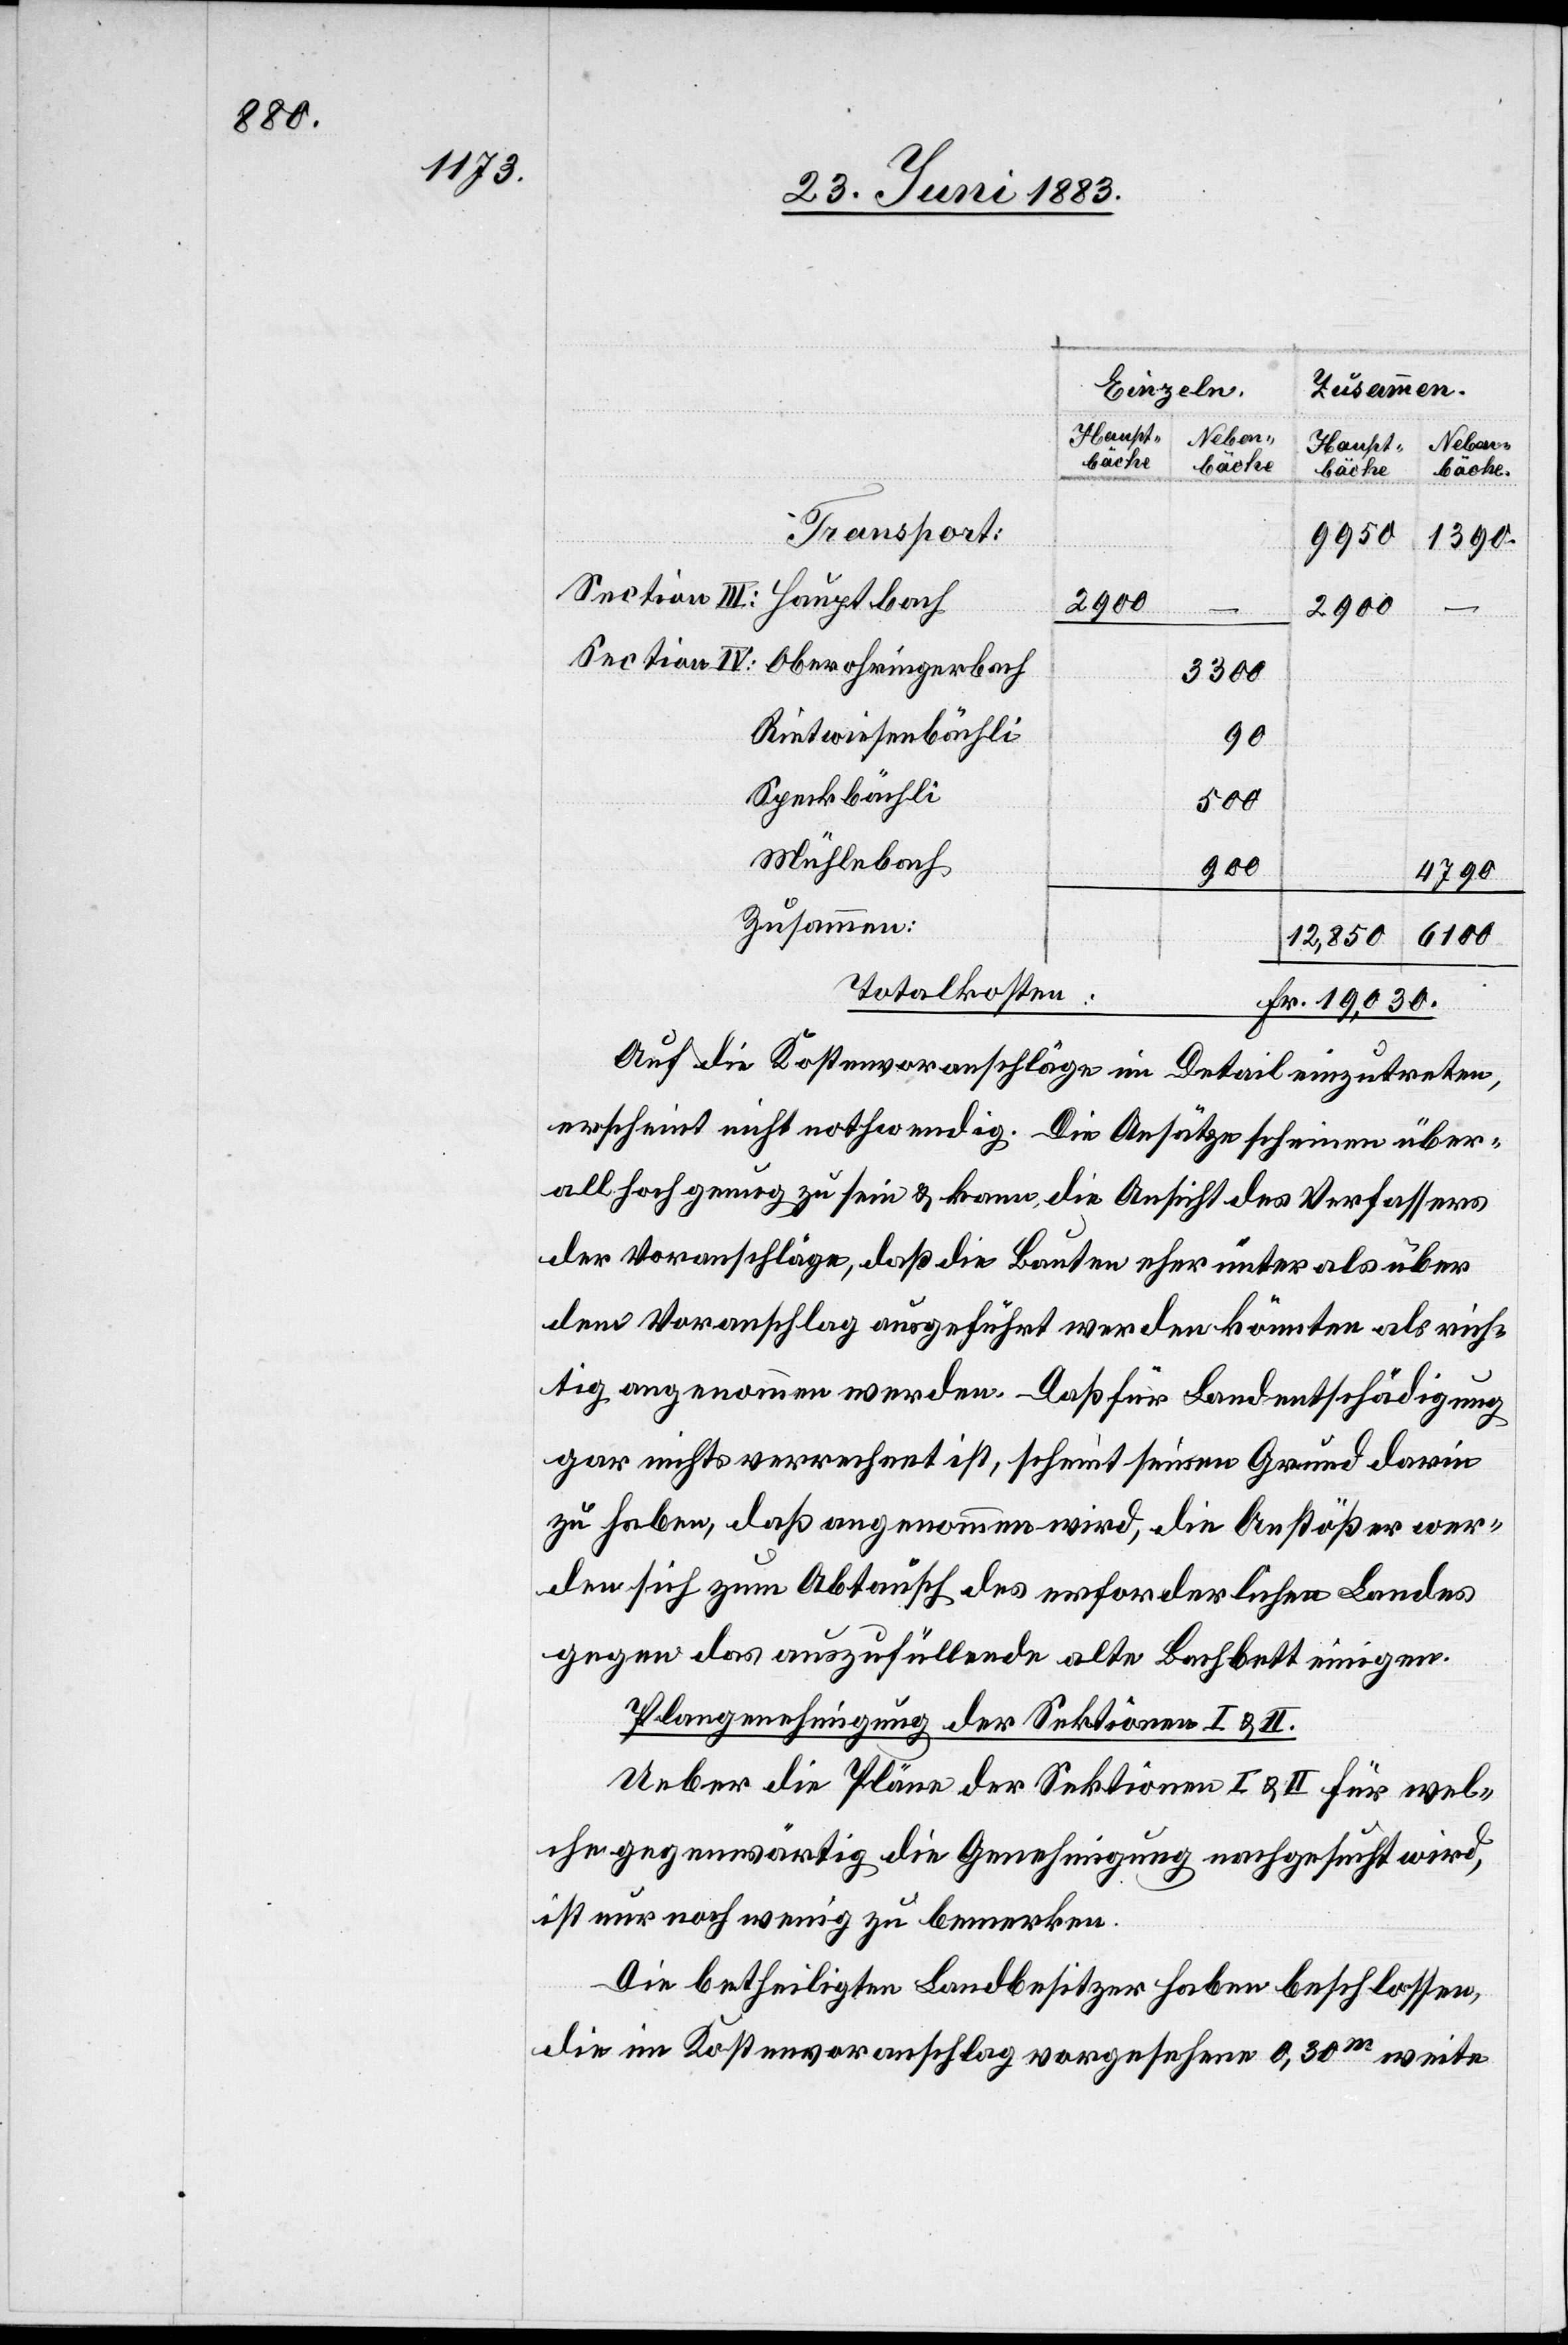
Oberohring¬
erbach
2900
–
3300
Rietwiesenbächli
90
Speckbächli
500
Mühlebach
900
4790
Zusammen:
6100
12,850
Totalkosten:
Fr. 19,030.
Auf die Kostenvoranschläge im Detail einzutreten,
erscheint nicht nothwendig. Die Ansätze scheinen über¬
all hoch genug zu sein & kann die Ansicht des Verfassers
der Voranschläge, daß die Bauten eher unter als über
dem Voranschlag ausgeführt werden könnten als rich¬
tig angenommen werden. Daß für Landentschädigung
gar nichts verrechnet ist, scheint seinen Grund darin
zu haben, daß angenommen wird, die Anstößer wer¬
den sich zum Abtausch des erforderlichen Landes
gegen das auszufüllende alte Bachbett einigen.
Plangenehmigung der Sektionen I & II.
Ueber die Pläne der Sektionen I & II für wel¬
che gegenwärtig die Genehmigung nachgesucht wird,
ist nur noch wenig zu bemerken.
Die betheiligten Landbesitzer haben beschlossen,
die im Kostenvoranschlag vorgesehene 0,30m weite